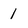
Character: 1